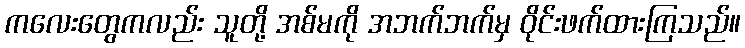
ကလေးတွေကလည်း သူတို့ အစ်မကို အဘက်ဘက်မှ ဝိုင်းဖက်ထားကြသည်။